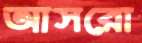
আসরো